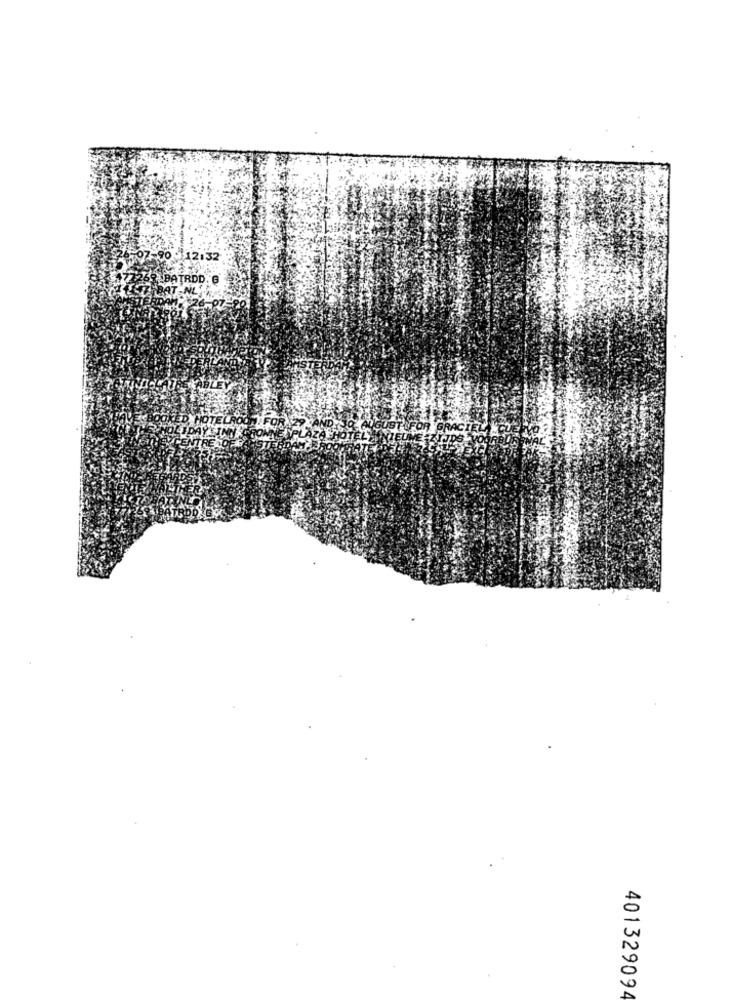
90 - 12:32
ATRDD. 6
R GRAC
401329094